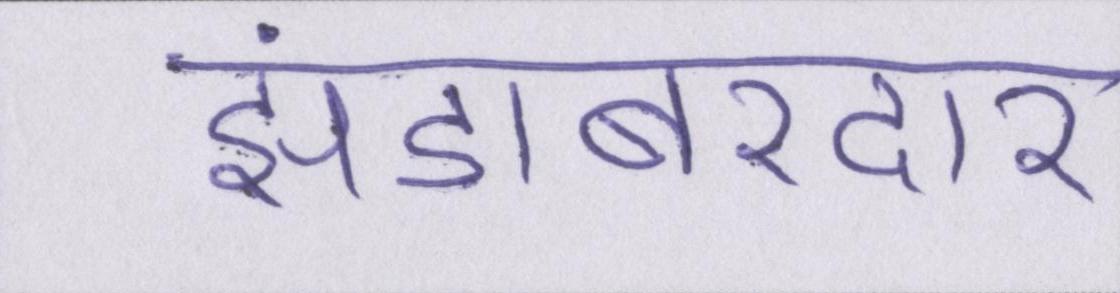
झंडाबरदार